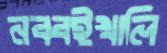
নব্বইখালি